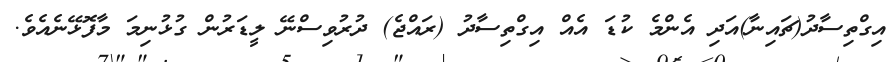
އިގްތިސާދު(ޗައިނާ)އަދި އެންމެ ކުޑަ އެއް އިގްތިސާދު (ރައްޖެ) ދުރުވިސްނޭ ލީޑަރުން ގުޅުނިމަ މާފޮޅޭނެއެވެ.